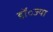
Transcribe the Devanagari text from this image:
डॉ॰ज्या